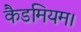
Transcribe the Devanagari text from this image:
कैडमियम।